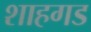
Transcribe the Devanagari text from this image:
शाहगड